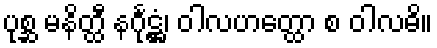
ပုစ္ဆ မနိတ္ထီ နင်္ဂုဋ္ဌံ၊ ဝါလဟတ္ထော စ ဝါလဓိ။